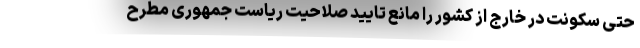
حتی سکونت در خارج از کشور را مانع تایید صلاحیت ریاست جمهوری مطرح